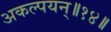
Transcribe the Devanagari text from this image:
अकल्पयन्॥१४॥